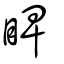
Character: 睥